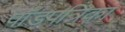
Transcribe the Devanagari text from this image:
पॉडपत्रिका